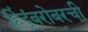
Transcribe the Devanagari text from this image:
हिंदूंबरोबरची